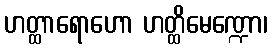
ဟတ္ထာရောဟော ဟတ္ထိမေဏ္ဍော၊